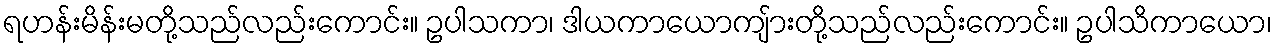
ရဟန်းမိန်းမတို့သည်လည်းကောင်း။ ဥပါသကာ၊ ဒါယကာယောကျ်ားတို့သည်လည်းကောင်း။ ဥပါသိကာယော၊